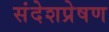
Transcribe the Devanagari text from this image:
संदेशप्रेषण